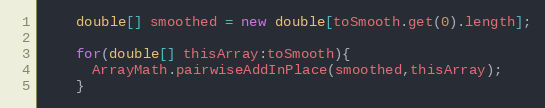
Language: Java
    double[] smoothed = new double[toSmooth.get(0).length];

    for(double[] thisArray:toSmooth){
      ArrayMath.pairwiseAddInPlace(smoothed,thisArray);
    }